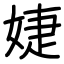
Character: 婕